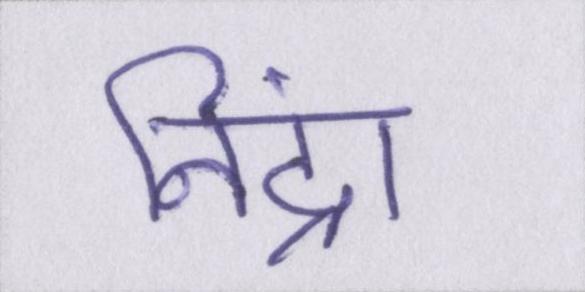
निंद्रा